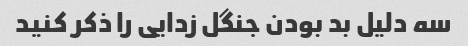
سه دلیل بد بودن جنگل زدایی را ذکر کنید